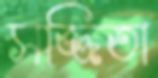
সজ্জিতা